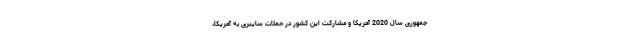
جمهوری سال 2020 آمریکا و مشارکت این کشور در حملات سایبری به آمریکا،